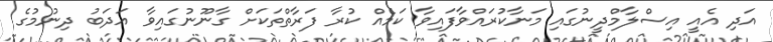
އަދި އެއީ އިސްލާމްދީނުގައި މަނާކުރައްވާފައިވާ ކަމެއް ކުރާ ފަރާތްތަކަށް ގާނޫނުގައިވާ އަދަބު ދިނުމުގެ